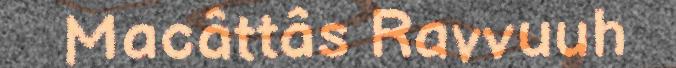
Macâttâs Ravvuuh